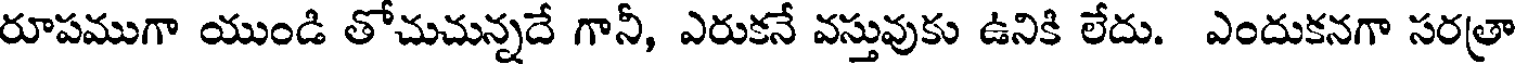
రూపముగా యుండి తోచుచున్నదే గానీ, ఎరుకనే వస్తువుకు ఉనికి లేదు. ఎందుకనగా సరత్రా